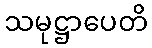
သမုဋ္ဌာပေတိ